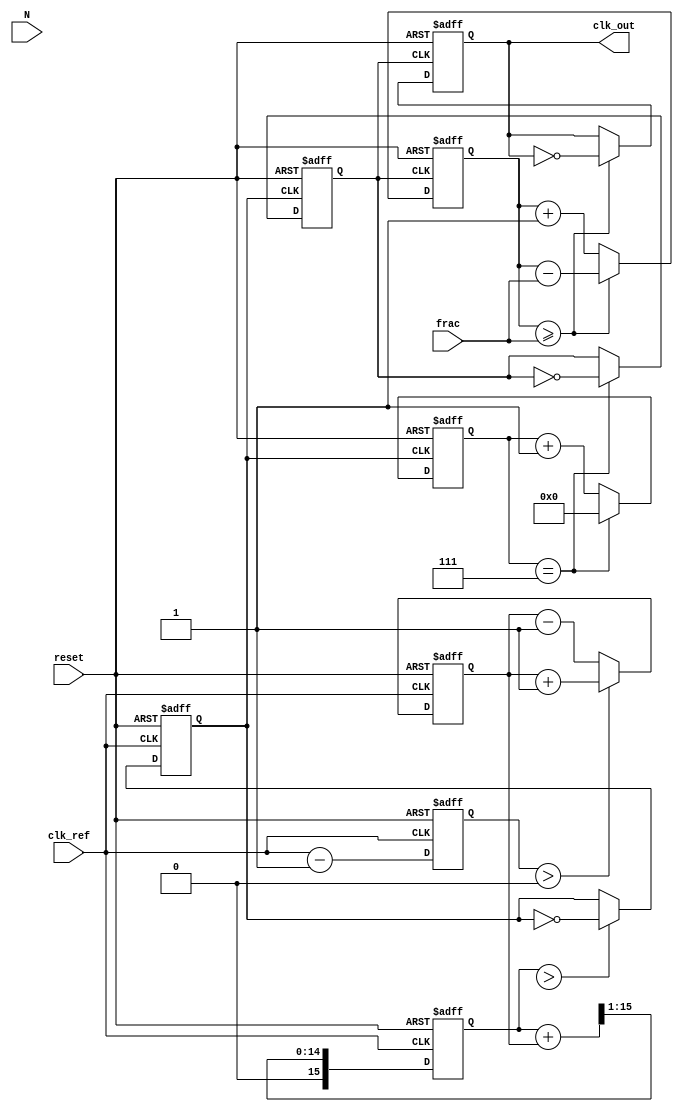
module frac_n_pll (
    input wire clk_ref,      // Reference clock
    input wire reset,        // Asynchronous reset
    input wire [N-1:0] N,    // Integer division factor
    input wire [M-1:0] frac,  // Fractional division factor
    output wire clk_out      // Output clock
);

parameter N = 8;            // Bit width for integer divider
parameter M = 8;            // Bit width for fractional divider

// Phase Detector
reg phase_error;
always @(posedge clk_ref or posedge reset) begin
    if (reset) begin
        phase_error <= 0;
    end else begin
        // Simple phase comparison logic (to be replaced with actual PD implementation)
        // Assuming clk_fb is the feedback clock
        phase_error <= (clk_ref - clk_fb); // Simplified phase error calculation
    end
end

// Charge Pump
reg [15:0] control_voltage; // Control voltage for VCO
always @(posedge clk_ref or posedge reset) begin
    if (reset) begin
        control_voltage <= 0;
    end else begin
        // Charge Pump Logic
        if (phase_error > 0) begin
            control_voltage <= control_voltage + 1; // Charge
        end else begin
            control_voltage <= control_voltage - 1; // Discharge
        end
    end
end

// Loop Filter (simple first-order low-pass filter)
reg [15:0] loop_filter_output;
always @(posedge clk_ref or posedge reset) begin
    if (reset) begin
        loop_filter_output <= 0;
    end else begin
        loop_filter_output <= (loop_filter_output + control_voltage) >> 1; // Averaging
    end
end

// Voltage-Controlled Oscillator (VCO)
reg clk_vco;
always @(posedge clk_ref or posedge reset) begin
    if (reset) begin
        clk_vco <= 0;
    end else begin
        // VCO frequency control logic (simplified)
        clk_vco <= (loop_filter_output > threshold) ? ~clk_vco : clk_vco; // Toggle based on control voltage
    end
end

// Frequency Divider (N-divider)
reg clk_div;
reg [N-1:0] counter;
always @(posedge clk_vco or posedge reset) begin
    if (reset) begin
        counter <= 0;
        clk_div <= 0;
    end else begin
        if (counter == (N - 1)) begin
            clk_div <= ~clk_div; // Toggle output clock
            counter <= 0; // Reset counter
        end else begin
            counter <= counter + 1; // Increment counter
        end
    end
end

// Fractional Divider (frac-N)
reg [M-1:0] frac_counter;
reg clk_frac_div;
always @(posedge clk_div or posedge reset) begin
    if (reset) begin
        frac_counter <= 0;
        clk_frac_div <= 0;
    end else begin
        if (frac_counter >= frac) begin
            clk_frac_div <= ~clk_frac_div; // Toggle output clock
            frac_counter <= frac_counter - frac; // Subtract fractional part
        end else begin
            frac_counter <= frac_counter + 1; // Increment fractional counter
        end
    end
end

// Output Stage
assign clk_out = clk_frac_div;

endmodule